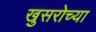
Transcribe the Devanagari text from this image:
खुसरोच्या